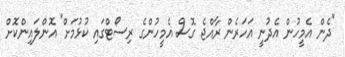
"ދެން އެމީހުން އެދުނީ އަހަރެން ރާއްޖެ ގޮސް އެމީހުންގެ ރިސޯޓްގައި ކުޅުމަށް" އޮންލައިންކޮށް